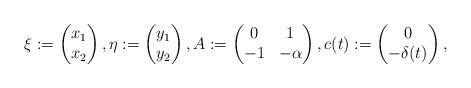
LaTeX: \begin{align*}\xi:=\begin{pmatrix}x_1\\ x_2\end{pmatrix},\eta:=\begin{pmatrix}y_1\\ y_2\end{pmatrix},A:=\begin{pmatrix}0 & 1\\-1 &-\alpha\end{pmatrix},c(t):=\begin{pmatrix}0\\-\delta(t)\end{pmatrix},\end{align*}